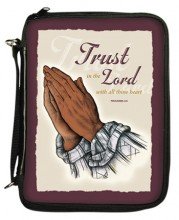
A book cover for Praying Hands Bible Cover; Christian Books & Bibles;